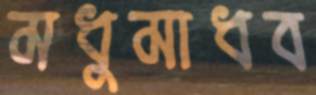
মধুমাধব